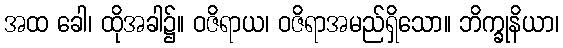
အထ ခေါ၊ ထိုအခါ၌။ ဝဇိရာယ၊ ဝဇိရာအမည်ရှိသော။ ဘိက္ခုနိယာ၊